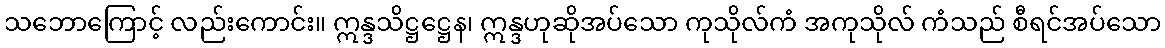
သဘောကြောင့် လည်းကောင်း။ ဣန္ဒသိဋ္ဌဋ္ဌေန၊ ဣန္ဒဟုဆိုအပ်သော ကုသိုလ်ကံ အကုသိုလ် ကံသည် စီရင်အပ်သော